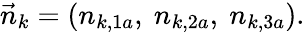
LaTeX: \vec{n}_{k}=(n_{k,1a},\ n_{k,2a},\ n_{k,3a}).